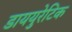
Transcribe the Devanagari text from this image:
डाययुरेटिक